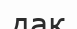
дак